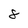
Character: 8